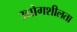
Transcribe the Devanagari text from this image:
उद्योगशीलता